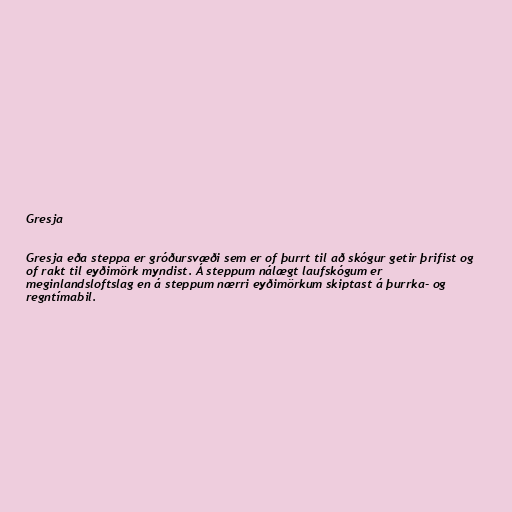
Gresja

Gresja eða steppa er gróðursvæði sem er of þurrt til að skógur getir þrifist og
of rakt til eyðimörk myndist. Á steppum nálægt laufskógum er
meginlandsloftslag en á steppum nærri eyðimörkum skiptast á þurrka- og
regntímabil.